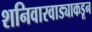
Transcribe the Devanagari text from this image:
शनिवारवाड्याकडून